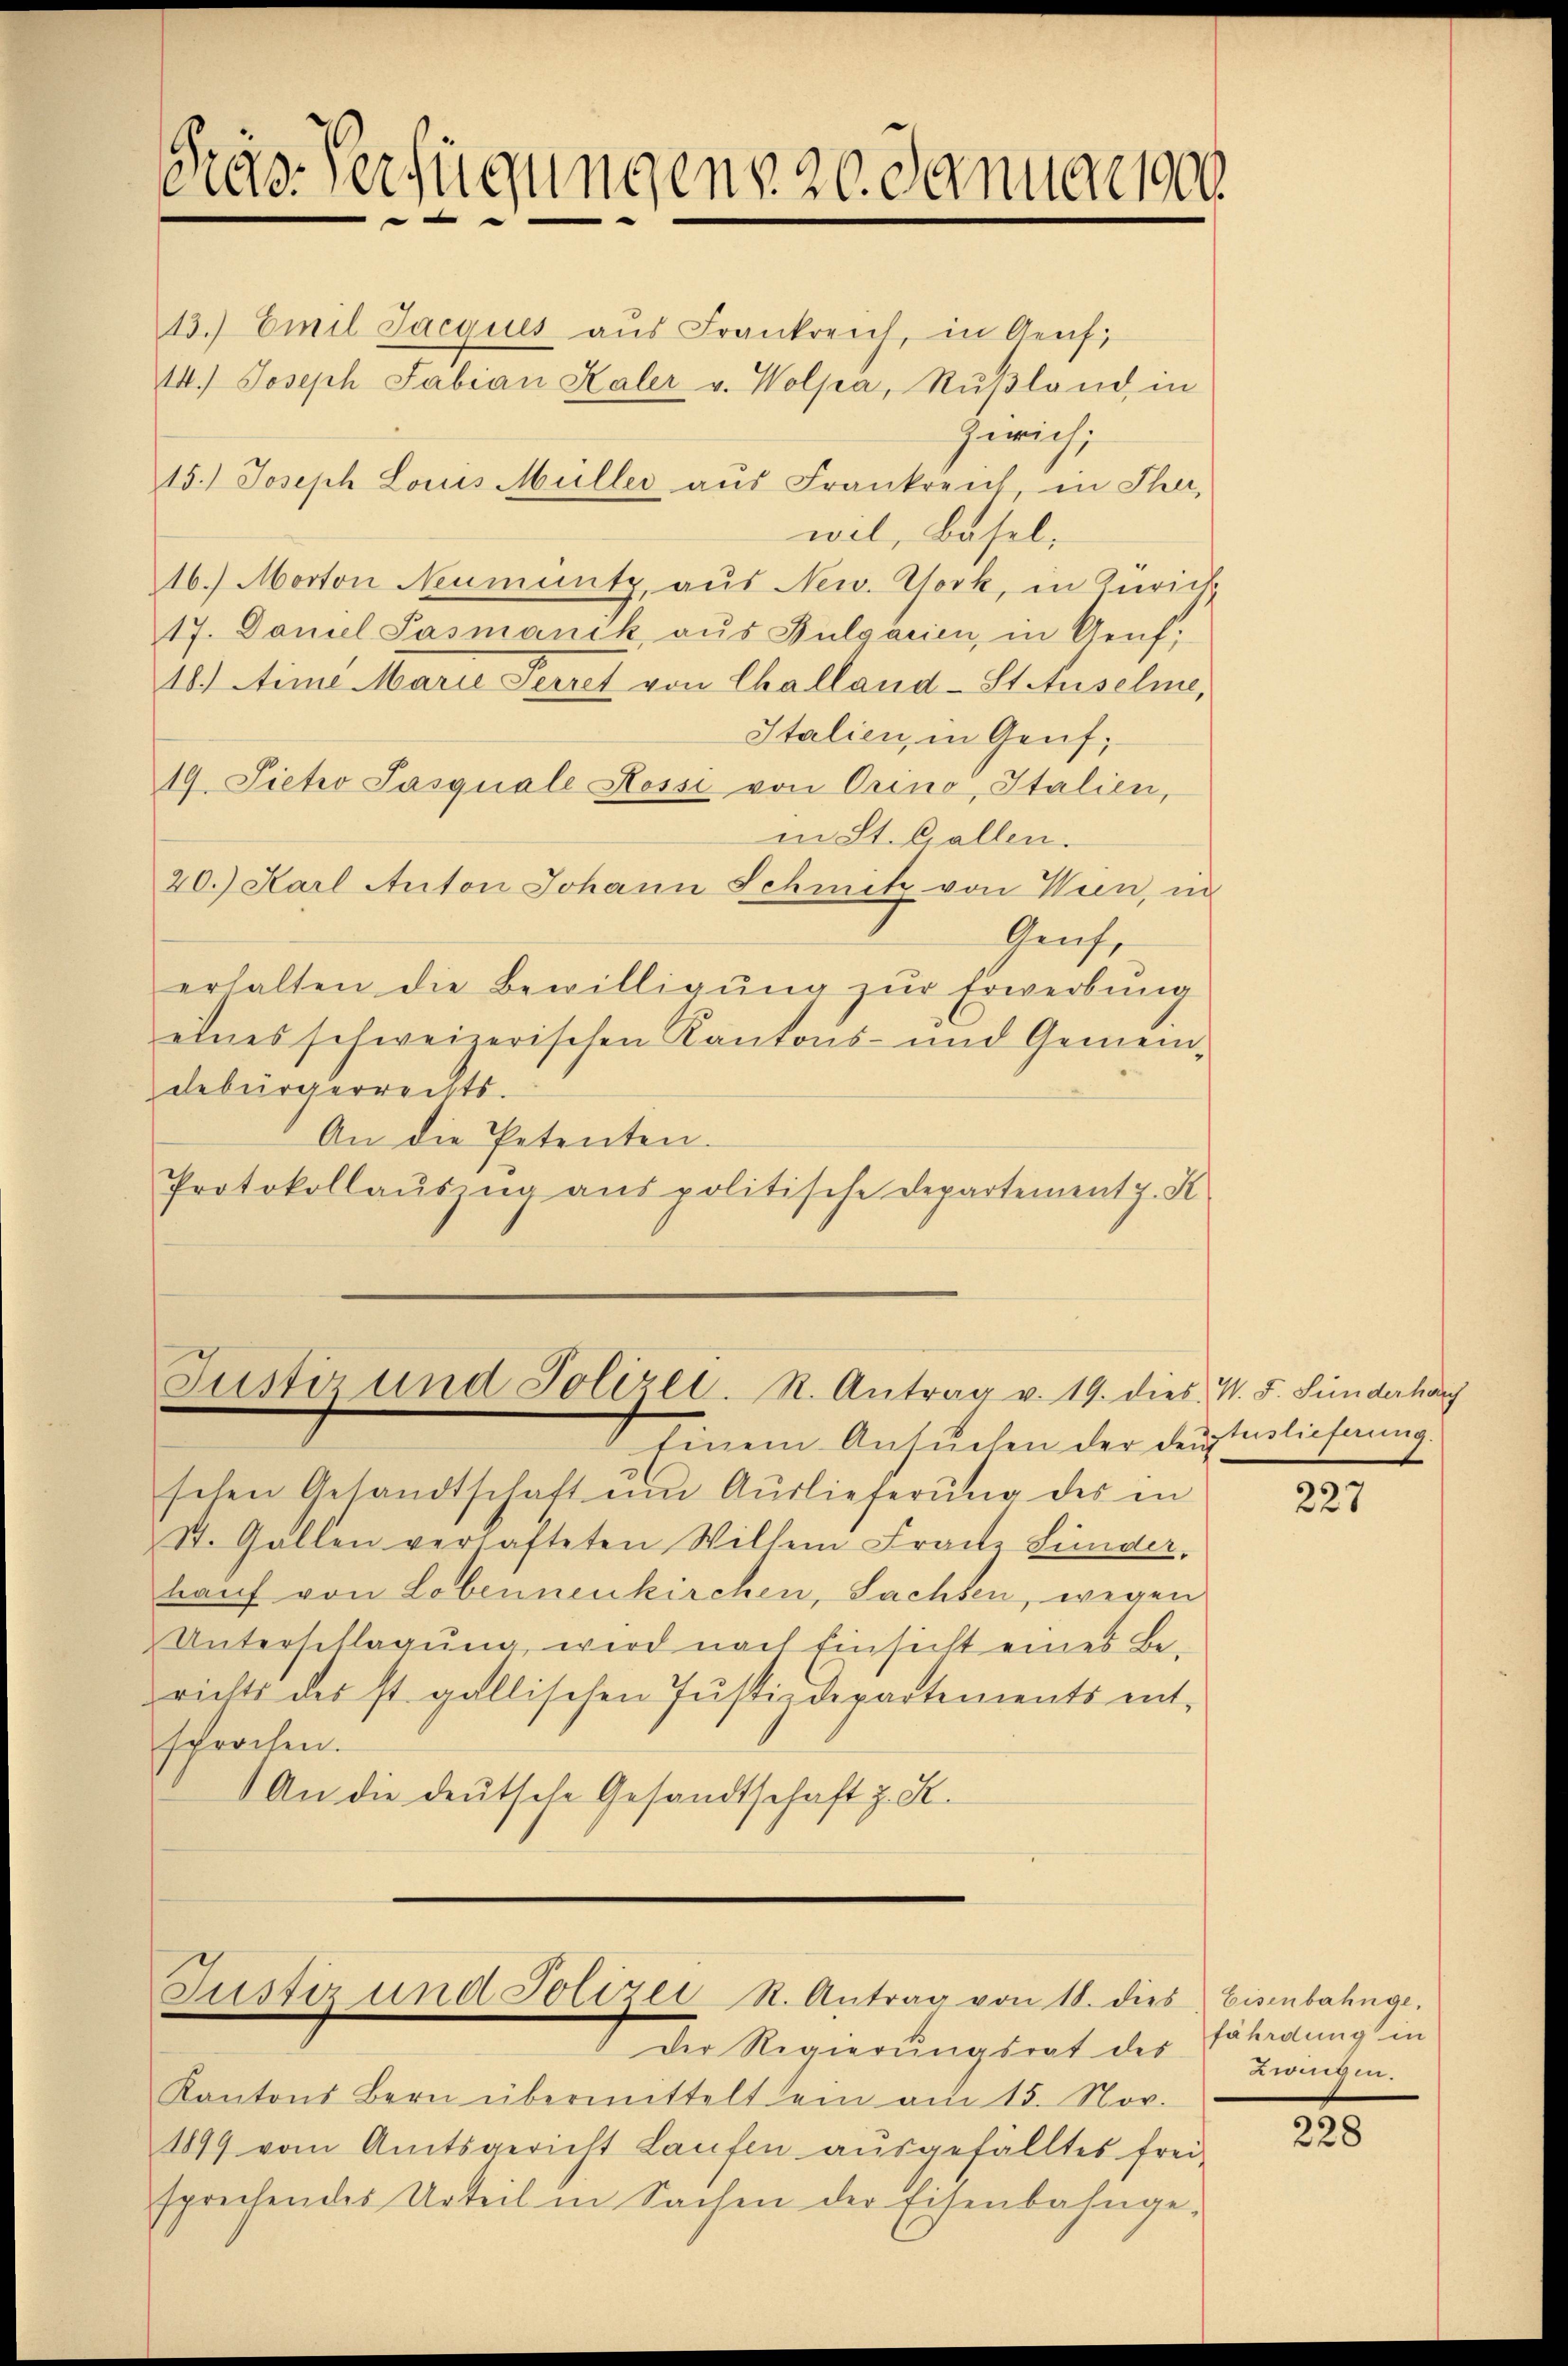
13.) Emil Jacques aus Frankreich, in Genf,
14.) Joseph Fabian Kaler v. Wolpa, Rußland, in
Zürich;
15.) Joseph Louis Müller aus Frankreich, in Ther,
wil, Basel¬
16.) Morton Neumüntz, aus New York, in Zürich
17. Daniel Pasmanik aus Bulgarien, in Genf;
18.) Aime Marie Perret von Challand-Stetuselme,
Italien, in Genf,
19 Pieto Pasquale Kessi von Orino, Italien,
in St. Gallen.
20.) Karl Anton Johann Schmitz von Wein, in
Genf,
erhalten die Bewilligung zur Erwerbung
eines schweizerischen Kantons- und Gemein-
debürgerrechts.
An die Petenten.
Protokollausing ans politische Departement z. K

Gras Verfügungens ze Januar al
—

Justi und Polizei. R. Antrag v. 19. dies V. F. Siderhar

Einem Ansŭchen der deut
sehen Gesandtschaft ŭm Aŭslieferŭng des in
St. Gallen verlasteten Willem Franz Linder,
hauf von Lobennenkirchen, Sachsen, wegen
Unterschlagung, wird nach Einsicht eines Berichts des st. gallischen Justizdepartements ent-
sprochen.
An die deutsche Gesandtschaft z. S.

Justiz und Polizei St. Antrag von 18. dies Eisenbahnge.

Der Regierungsrat des
Kantons Bern übermittelt ein am 15. Nov.
1899 vom Amtsgericht Laufen aŭsgefälltes frei-
sprechendes Urteil in Sachen der Eisenbahnge¬

Auslieferung.

227

fährdung in
Zwingen.

228